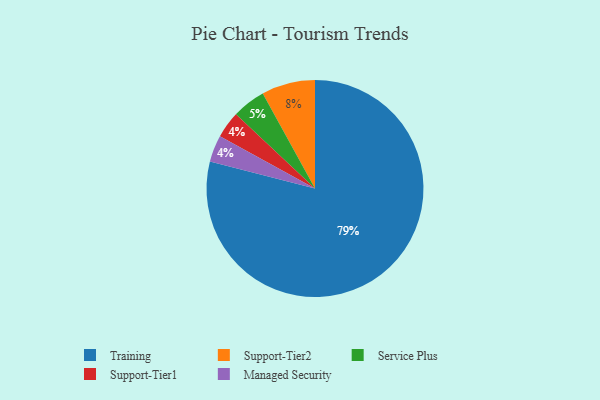
{"axis": {"x": "Category", "y": "Percentage"}, "legend": ["Managed Security", "Service Plus", "Support-Tier1", "Support-Tier2", "Training"], "data": [{"x": "Support-Tier1", "y": 4, "type": "Support-Tier1"}, {"x": "Service Plus", "y": 5, "type": "Service Plus"}, {"x": "Training", "y": 79, "type": "Training"}, {"x": "Support-Tier2", "y": 8, "type": "Support-Tier2"}, {"x": "Managed Security", "y": 4, "type": "Managed Security"}]}